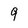
Character: 9